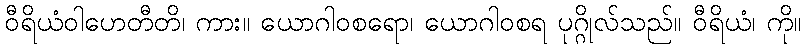
ဝီရိယံဝါဟေတီတိ၊ ကား။ ယောဂါဝစရော၊ ယောဂါဝစရ ပုဂ္ဂိုလ်သည်။ ဝီရိယံ၊ ကို။